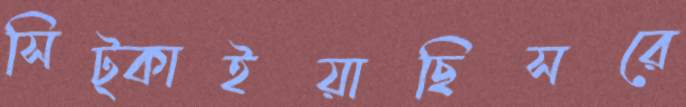
সিট্‌কাইয়াছিসরে